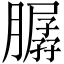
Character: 𦠳